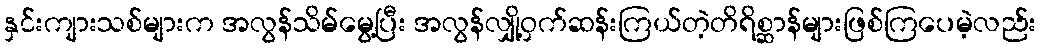
နှင်းကျားသစ်များက အလွန်သိမ်မွေ့ပြီး အလွန်လျှို့ဝှက်ဆန်းကြယ်တဲ့တိရိစ္ဆာန်များဖြစ်ကြပေမဲ့လည်း